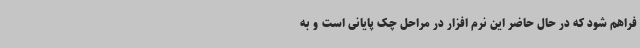
فراهم شود که در حال حاضر این نرم افزار در مراحل چک پایانی است و به